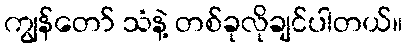
ကျွန်တော် သံနဲ့ တစ်ခုလိုချင်ပါတယ်။